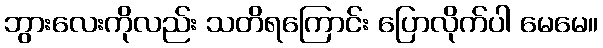
ဘွားလေးကိုလည်း သတိရကြောင်း ပြောလိုက်ပါ မေမေ။